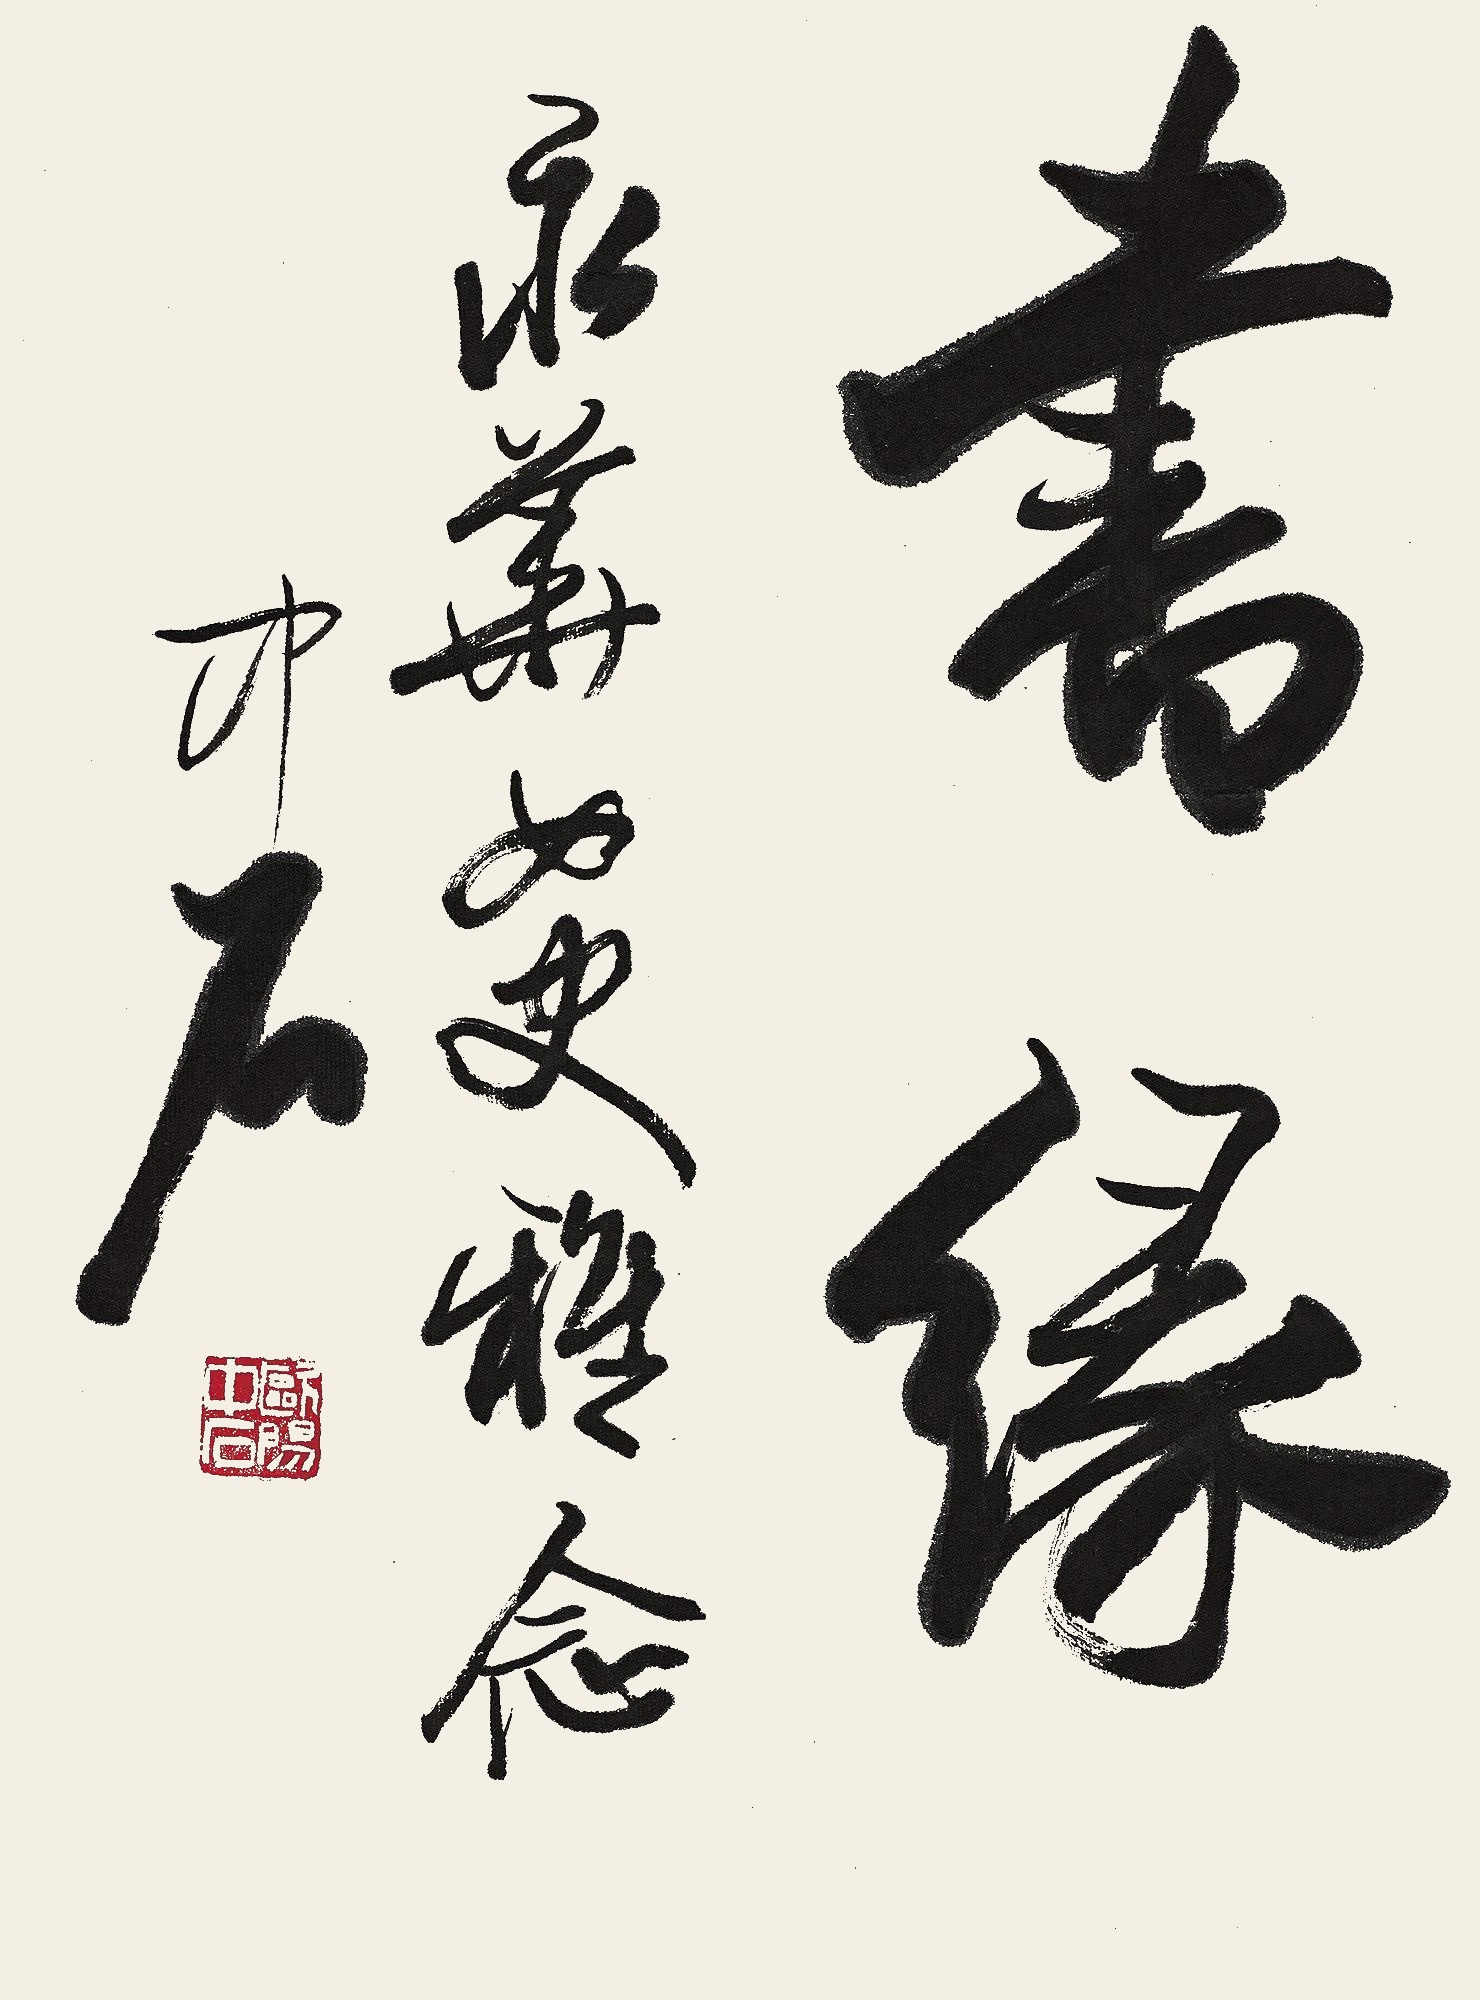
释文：书缘。永华女史雅念，中石。